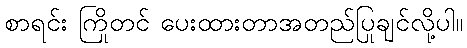
စာရင်း ကြိုတင် ပေးထားတာအတည်ပြုချင်လို့ပါ။